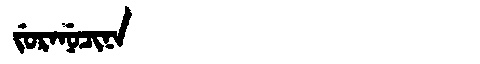
Manchu: ᠵᡠᡵᠠᠨᡠᠴᡳᠨᠠ
Romanization: JURANUCINA